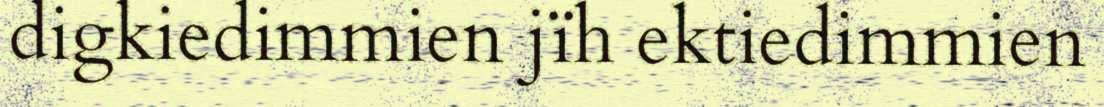
digkiedimmien jïh ektiedimmien